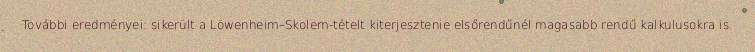
További eredményei: sikerült a Löwenheim–Skolem-tételt kiterjesztenie elsőrendűnél magasabb rendű kalkulusokra is.